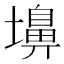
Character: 𪤨